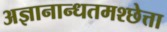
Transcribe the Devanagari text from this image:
अज्ञानान्धतमश्छेत्ता